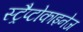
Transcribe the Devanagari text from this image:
स्ट्रैप्टोकाइनेज